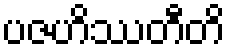
ပဇဟိဿတီတိ